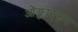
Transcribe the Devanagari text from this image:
ओंङ्काररूप